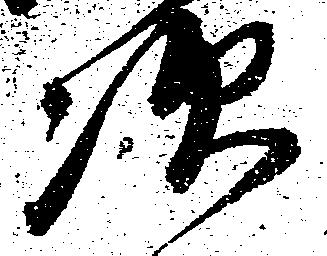
次